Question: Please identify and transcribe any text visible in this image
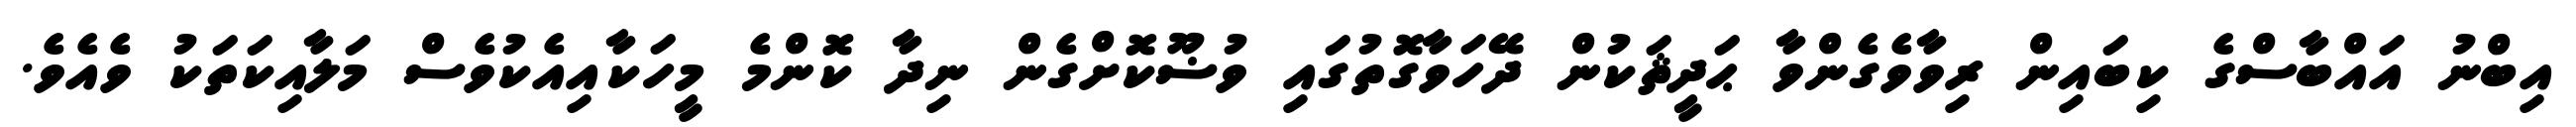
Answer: އިބްނު އައްބާސްގެ ކިބައިން ރިވާވެގެންވާ ޙަދީޘަކުން ދޭހަވާގޮތުގައި ވުޟޫކޮށްގެން ނިދާ ކޮންމެ މީހަކާއިއެކުވެސް މަލާއިކަތަކު ވެއެވެ.